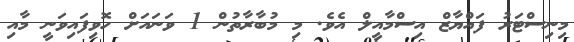
މިނިސްޓަރު ފައްޔާޒް އިސްމާއީލް އެވެ. މި މުބާރާތުން 1 ވަނައަށް ހޮވިފައިވަނީ މާއި